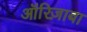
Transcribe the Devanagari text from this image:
ऑरिज़ाबा